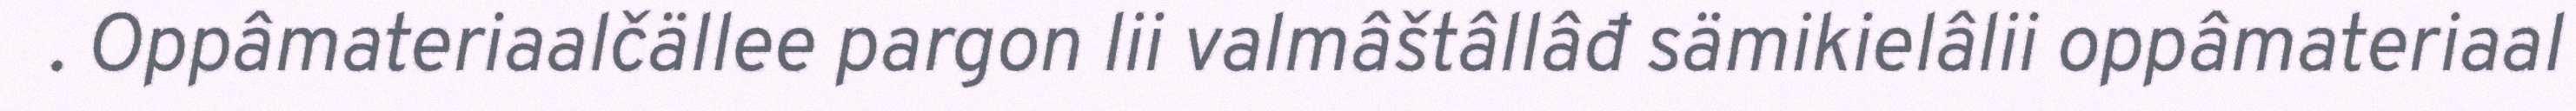
. Oppâmateriaalčällee pargon lii valmâštâllâđ sämikielâlii oppâmateriaal